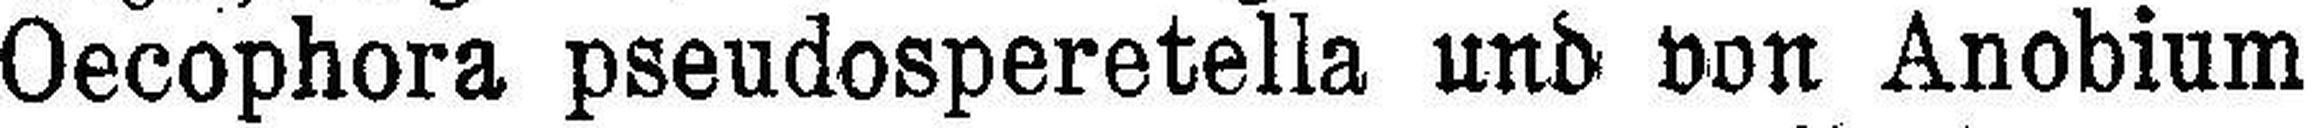
Oecophora pseudosperetella und von Anobium